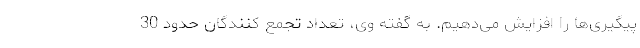
پیگیری‌ها را افزایش می‌دهیم. به گفته وی، تعداد تجمع کنندگان حدود 30